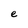
Character: e